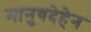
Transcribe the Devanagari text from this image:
मानुषदेहेन